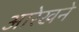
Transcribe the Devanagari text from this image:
आरेखने